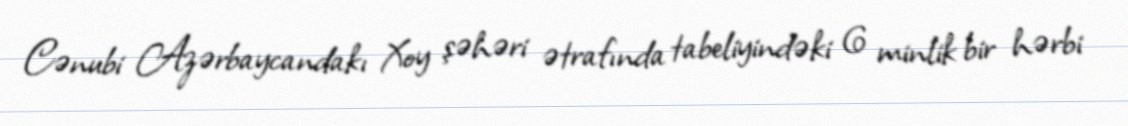
Cənubi Azərbaycandakı Xoy şəhəri ətrafında tabeliyindəki 6 minlik bir hərbi